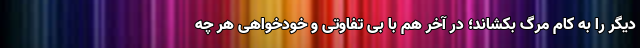
دیگر را به کام مرگ بکشاند؛ در آخر هم با بی تفاوتی و خودخواهی هر چه